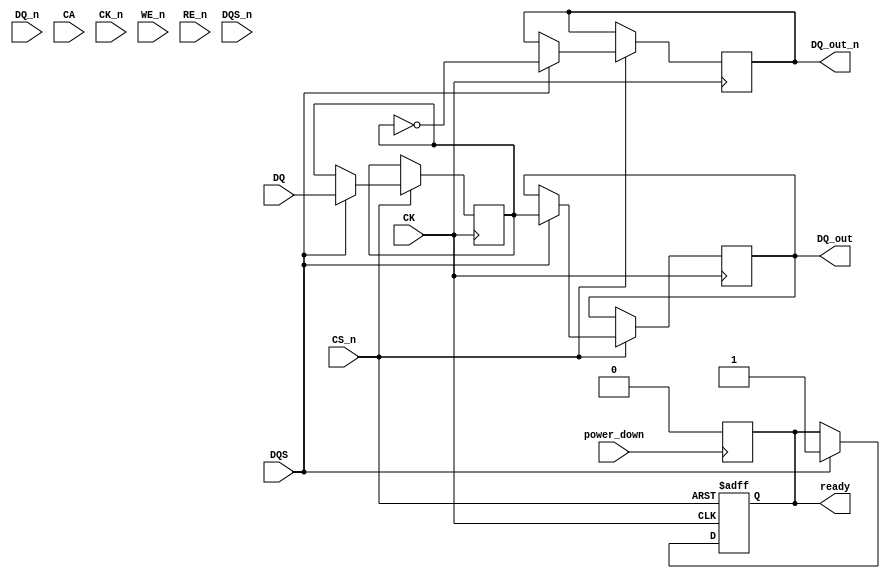
module lpddr4_io_block (
    input wire [DQ_WIDTH-1:0] DQ,         // Data lines
    input wire [DQ_WIDTH-1:0] DQ_n,       // Inverted Data lines
    input wire [CA_WIDTH-1:0] CA,         // Command/Address lines
    input wire CK,                         // Clock
    input wire CK_n,                       // Inverted Clock
    input wire CS_n,                       // Chip Select (active low)
    input wire WE_n,                       // Write Enable (active low)
    input wire RE_n,                       // Read Enable (active low)
    input wire DQS,                        // Data Strobe
    input wire DQS_n,                      // Inverted Data Strobe
    input wire power_down,                 // Power down control
    output reg [DQ_WIDTH-1:0] DQ_out,     // Output data
    output reg [DQ_WIDTH-1:0] DQ_out_n,   // Inverted output data
    output reg ready                        // Ready signal
);

parameter DQ_WIDTH = 64;                  // Width of data bus
parameter CA_WIDTH = 10;                   // Width of command/address bus

// Internal signals
reg [DQ_WIDTH-1:0] data_buffer;           // Buffer for data
reg [CA_WIDTH-1:0] command_buffer;        // Buffer for command/address
reg power_state;                           // Power state flag

// Input Buffers for Data and Command/Address
always @(posedge CK or negedge CS_n) begin
    if (!CS_n) begin
        // Chip Select is low, disable operations
        ready <= 0;
    end else begin
        // Capture command/address on rising edge of clock
        command_buffer <= CA;
        // Capture data on DQS edge
        if (DQS) begin
            data_buffer <= DQ;
            DQ_out <= data_buffer;       // Output data
            DQ_out_n <= ~data_buffer;    // Inverted output data
            ready <= 1;                   // Indicate ready for next operation
        end
    end
end

// Power Management Logic
always @(posedge power_down) begin
    if (power_down) begin
        // Transition to low power state
        power_state <= 1'b0; // Low power mode
        ready <= 0;          // Not ready in low power mode
    end else begin
        power_state <= 1'b1; // Active mode
    end
end

// Write and Read Enable Control
always @(posedge CK) begin
    if (!WE_n) begin
        // Write operation
        // Additional logic for write operation can be added here
    end else if (!RE_n) begin
        // Read operation
        // Additional logic for read operation can be added here
    end
end

// Termination Logic (Placeholder for actual implementation)
generate
    if (DQ_WIDTH == 64) begin
        // Example termination logic for 64-bit data bus
    end
endgenerate

endmodule